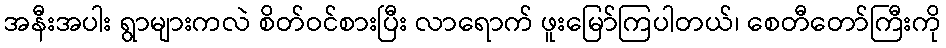
အနီးအပါး ရွာများကလဲ စိတ်ဝင်စားပြီး လာရောက် ဖူးမြော်ကြပါတယ်၊ စေတီတော်ကြီးကို